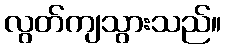
လွတ်ကျသွားသည်။